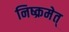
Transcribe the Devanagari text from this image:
निष्क्रमेत्